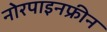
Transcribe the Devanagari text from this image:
नोरपाइनफ्रीन